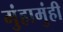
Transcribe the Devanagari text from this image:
मुंहामुंही